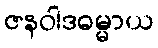
ဇနဝါဒဓမ္မာယ